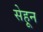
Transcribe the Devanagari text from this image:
सेहून